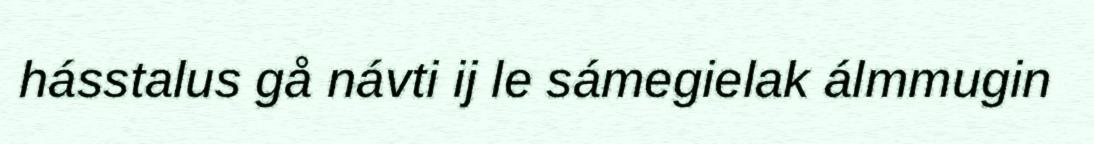
hásstalus gå návti ij le sámegielak álmmugin